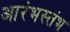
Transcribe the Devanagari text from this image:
आरंभस्तंभ